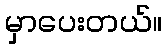
မှာပေးတယ်။